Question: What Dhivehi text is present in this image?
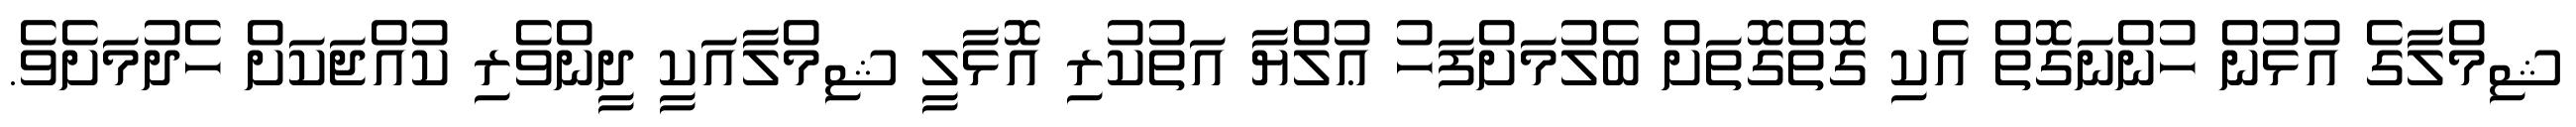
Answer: ޝިމްލާގެ އުޅުން ހުންނަގޮތް އެކި ގޮތްގޮތަށް ބެލުމަށްފަހު ޢުލްޔާ އަތުކުރި އޮޅާލީ ޝިމްލާއަކީ ދީންވެރި ކުއްޖަކަށް ހެދުމަށެވެ.